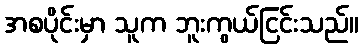
အစပိုင်းမှာ သူက ဘူးကွယ်ငြင်းသည်။